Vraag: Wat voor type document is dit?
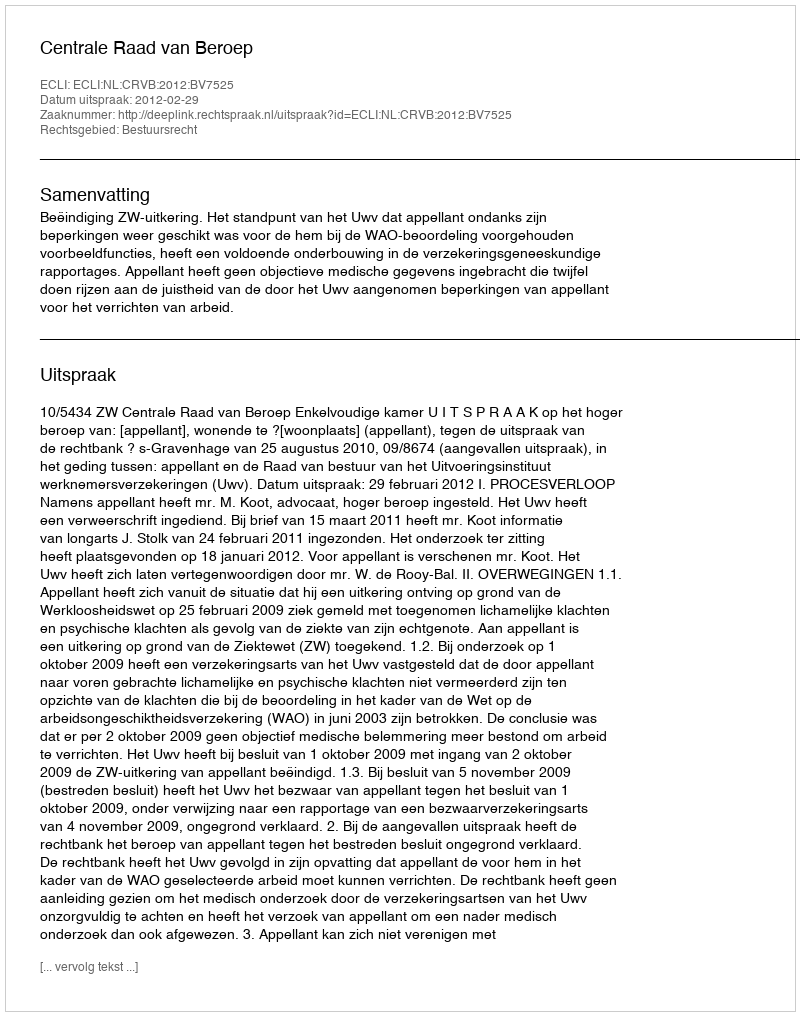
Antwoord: Uitspraak